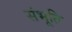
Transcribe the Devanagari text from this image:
संभूति